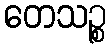
တေသဉ္စ